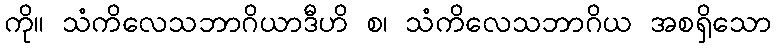
ကို။ သံကိလေသဘာဂိယာဒီဟိ စ၊ သံကိလေသဘာဂိယ အစရှိသော